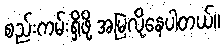
စည်းကမ်းရှိဖို့ အမြဲလိုနေပါတယ်။